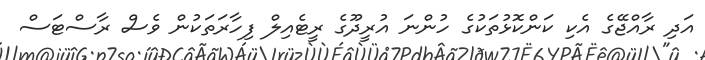
އަދި ރާއްޖޭގެ އެކި ކަންކޮޅުތަކުގެ ހުންނަ އުރީދޫގެ ރީޓެއިލް ފިހާރަތަކުން ވެސް ރާސްޓަސް